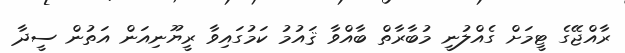
ރާއްޖޭގެ ޓީމަށް ގެއްލުނީ މުބާރާތް ބާއްވާ ޤައުމު ކަމުގައިވާ ރީޔޫނިއަން އަތުން ސީދާ